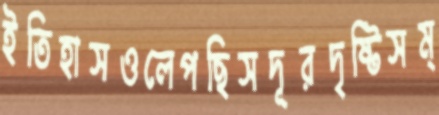
ইতিহাসওলেপছিসদূরদৃষ্টিসম্